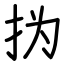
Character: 㧑